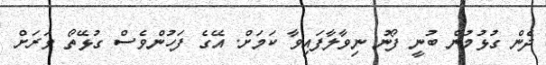
ދެން ގުޅުމުން ބުނީ ފޯނު ނިވާލާފައިވާ ކަމަށް. އޭގެ ފަހުންވެސް ގުޅޭތޯ ވަރަށް